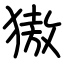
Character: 獓